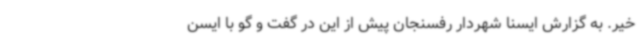
خیر. به گزارش ایسنا شهردار رفسنجان پیش از این در گفت و گو با ایسن